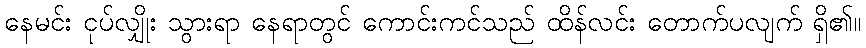
နေမင်း ငုပ်လျှိုး သွားရာ နေရာတွင် ကောင်းကင်သည် ထိန်လင်း တောက်ပလျက် ရှိ၏။